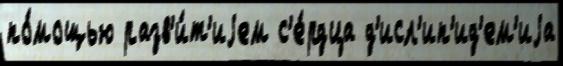
по́мощью разв'и́т'иjем с'е́рдца д'исл'ип'ид'ем'иjа